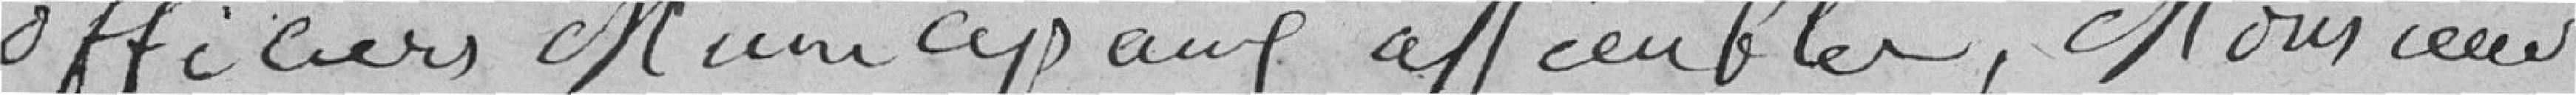
officiers municipaux assemblés. Monsieur